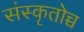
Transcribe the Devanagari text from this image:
संस्कृतोच्च